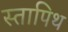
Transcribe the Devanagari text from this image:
स्तापिथ